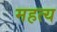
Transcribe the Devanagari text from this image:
महत्य